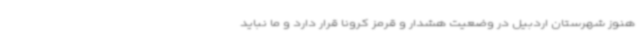
هنوز شهرستان اردبیل در وضعیت هشدار و قرمز کرونا قرار دارد و ما نباید